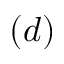
( d )